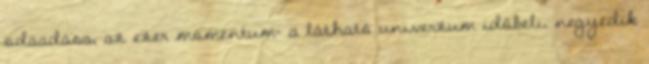
odaadása, az ezer momentum- a látható univerzum időbeli, negyedik